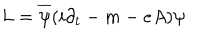
L = \overline { { { \psi } } } ( i \partial _ { t } - m - e A ) \psi